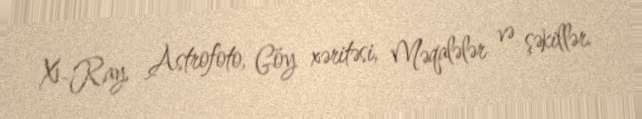
X-Ray, Astrofoto, Göy xəritəsi, Məqalələr və şəkillər.